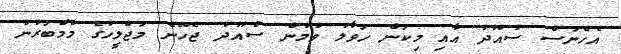
އެހެނަަސް ސުއޫދު އާއި މިކަން ހަވާލު ވުމުން ސުއޫދު ޖެހޭނެ މަޖްލީހުގެ މެމްބަރުން